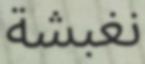
نغبشة